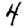
Digit: 4